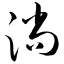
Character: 淌